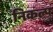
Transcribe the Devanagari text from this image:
निकल्प